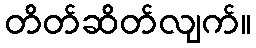
တိတ်ဆိတ်လျက်။